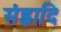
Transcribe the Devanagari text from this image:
संह्नादि